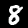
Label: 8